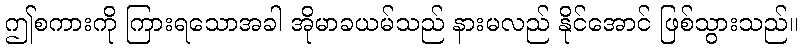
ဤစကားကို ကြားရသောအခါ အိုမာခယမ်သည် နားမလည် နိုင်အောင် ဖြစ်သွားသည်။